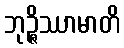
ဘုဉ္ဇိဿာမာတိ